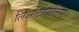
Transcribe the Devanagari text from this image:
लिओंटोपोलिस